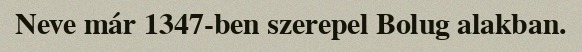
Neve már 1347-ben szerepel Bolug alakban.